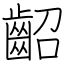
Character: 齠